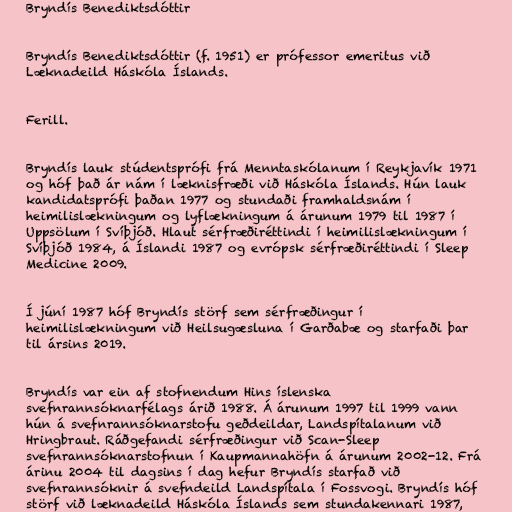
Bryndís Benediktsdóttir

Bryndís Benediktsdóttir (f. 1951) er prófessor emeritus við
Læknadeild Háskóla Íslands.

Ferill.

Bryndís lauk stúdentsprófi frá Menntaskólanum í Reykjavík 1971
og hóf það ár nám í læknisfræði við Háskóla Íslands. Hún lauk
kandidatsprófi þaðan 1977 og stundaði framhaldsnám í
heimilislækningum og lyflækningum á árunum 1979 til 1987 í
Uppsölum í Svíþjóð. Hlaut sérfræðiréttindi í heimilislækningum í
Svíþjóð 1984, á Íslandi 1987 og evrópsk sérfræðiréttindi í Sleep
Medicine 2009.

Í júní 1987 hóf Bryndís störf sem sérfræðingur í
heimilislækningum við Heilsugæsluna í Garðabæ og starfaði þar
til ársins 2019.

Bryndís var ein af stofnendum Hins íslenska
svefnrannsóknarfélags árið 1988. Á árunum 1997 til 1999 vann
hún á svefnrannsóknarstofu geðdeildar, Landspítalanum við
Hringbraut. Ráðgefandi sérfræðingur við Scan-Sleep
svefnrannsóknarstofnun í Kaupmannahöfn á árunum 2002-12. Frá
árinu 2004 til dagsins í dag hefur Bryndís starfað við
svefnrannsóknir á svefndeild Landspítala í Fossvogi. Bryndís hóf
störf við læknadeild Háskóla Íslands sem stundakennari 1987,